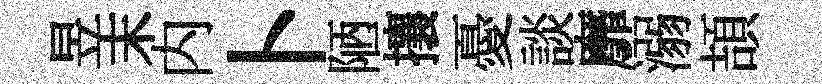
昱末内卜陋攘憂談靡溺頡